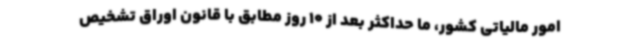
امور مالیاتی کشور، ما حداکثر بعد از 10 روز مطابق با قانون اوراق تشخیص